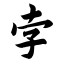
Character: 孛